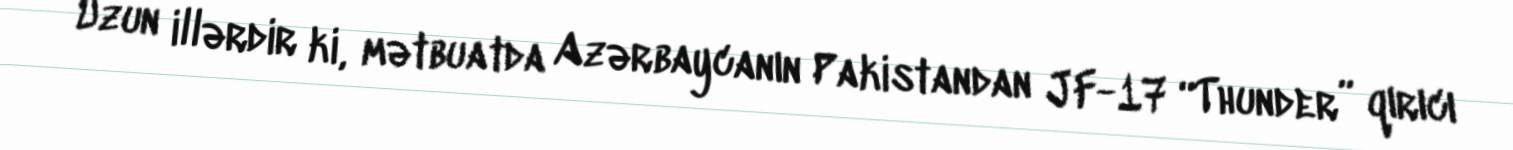
Uzun illərdir ki, mətbuatda Azərbaycanın Pakistandan JF-17 “Thunder” qırıcı